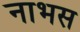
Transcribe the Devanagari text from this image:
नाभस